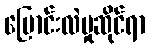
ပြောင်းလဲမှုဆိုင်ရာ